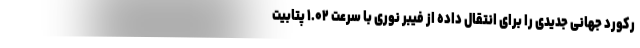
رکورد جهانی جدیدی را برای انتقال داده از فیبر نوری با سرعت ۱.۰۲ پتابیت